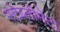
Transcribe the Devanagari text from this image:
स्टेब्लीमेंटो